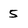
Character: 5